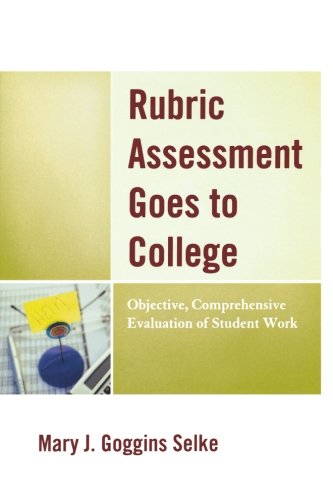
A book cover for Rubric Assessment Goes to College: Objective, Comprehensive Evaluation of Student Work; Mary J. Goggins Selke; Education & Teaching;